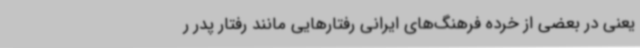
یعنی در بعضی از خرده فرهنگ‌های ایرانی رفتارهایی مانند رفتار پدر ر